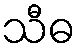
သီဓ